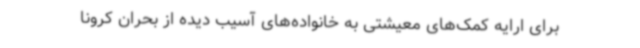
برای ارایه کمک‌های معیشتی به خانواده‌های آسیب دیده از بحران کرونا